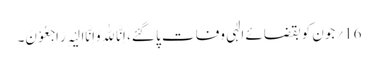
16؍جون کو بقضائے الٰہی وفات پا گئے، اِنَّا لِلّٰہِ وَاِنَّااِلَیْہِ رَاجِعُوْنَ۔